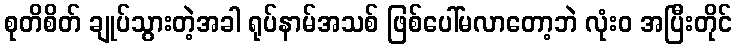
စုတိစိတ် ချုပ်သွားတဲ့အခါ ရုပ်နာမ်အသစ် ဖြစ်ပေါ်မလာတော့ဘဲ လုံးဝ အပြီးတိုင်